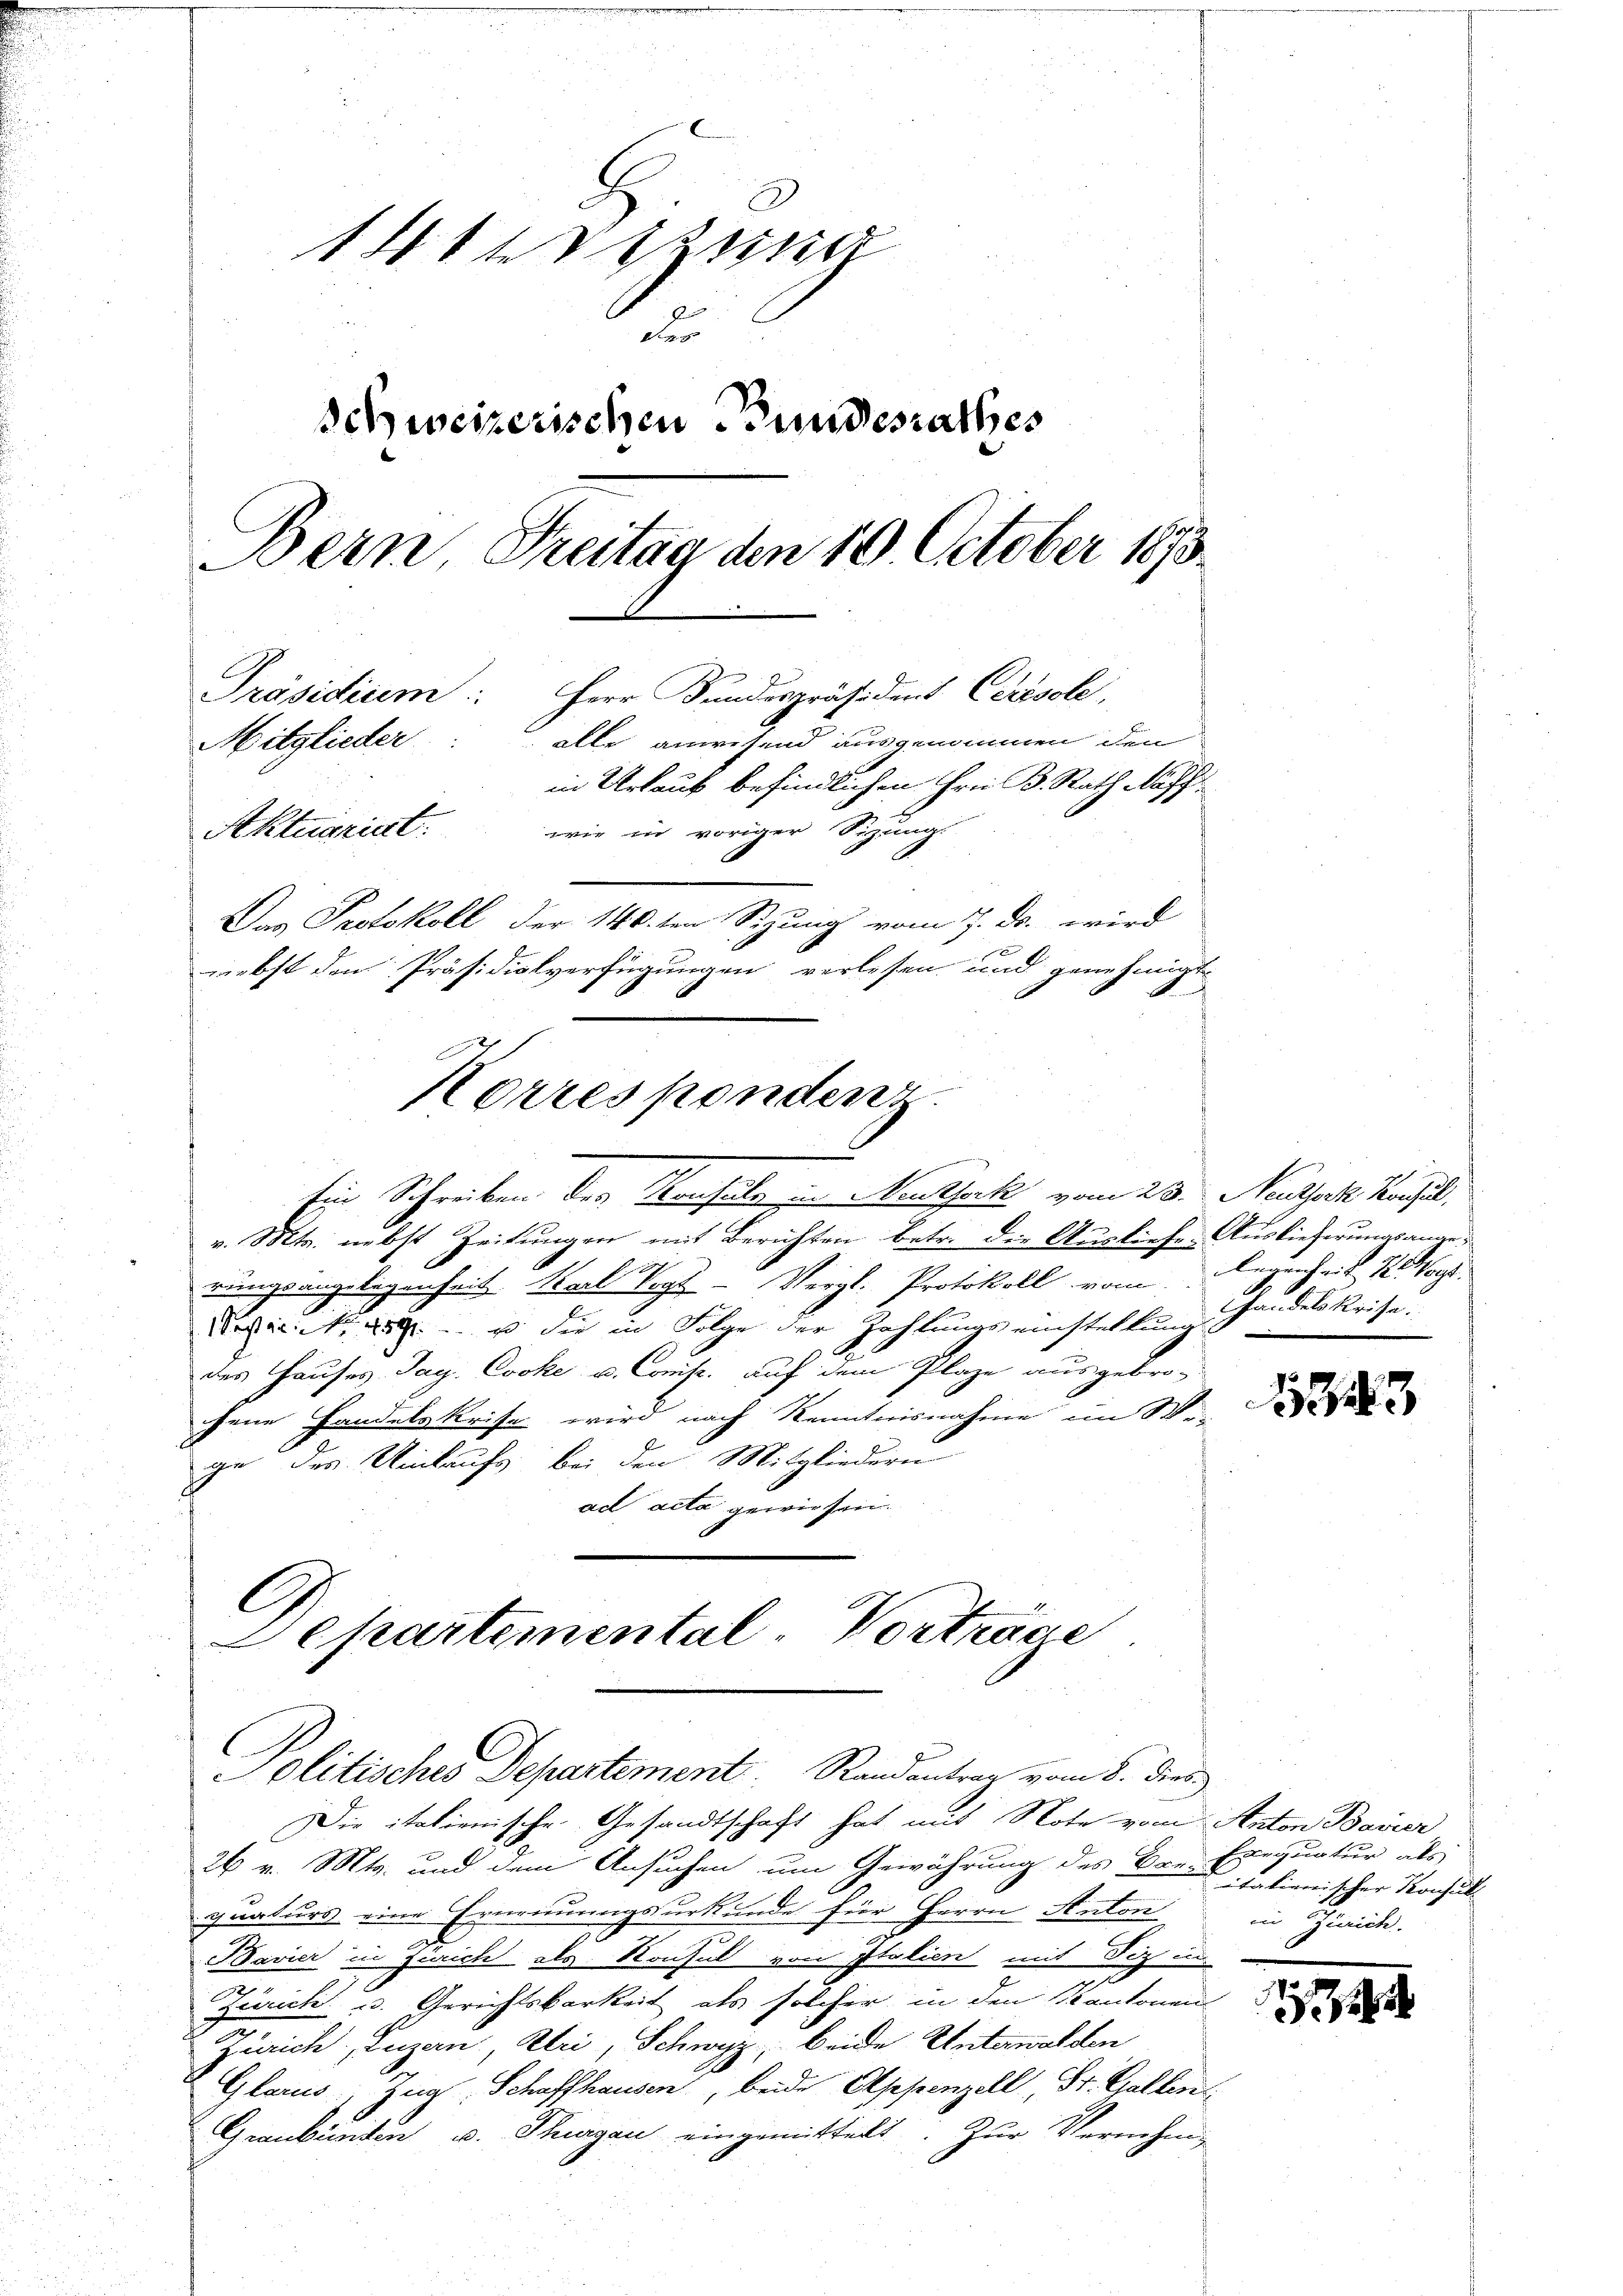
141 und
a
Schweizerischen Bundesrathes
Bern Freitag den 10 October 1873.
Präsidiiem:
Herr Bundespräsidens Crésole,
alle anwesend ausgenommen den
Mitglieder
in Urlaub befindlichen Frei B. Rath Neff
Aktuariat wie in voriger Sizung
Das Protokoll der 146. ten Sizung vom 7. ds. wird
nebst den Präsidialverfügungen verlesen und genehmigt.
s

Korrespondenz.
Ein Schreiben des Konsuls in Neuthork vom 23. Neuthork Konsul,

v. Mts. nebst Zeitungen mit Berichten betr. die Ausliefe. Auslieferungsangee
rungsangelegenheit. Karl Vogt- Vergl. Protokoll vom Gegenheit 1. Vogt.
Nei   der in Folge der Zahlungs einstellung
des Hauses Tag. Cooke u. Cons. auf dem Plaze ausgebro-
chene Handelskrise wird nach Kenntnisnahme im Wer
ge des Uinkaufs bei den Mitgliedern
ad acta gewiesen.

Sehartemental-Vortrage
Solitisches Departement Randantrag vom 8. dies

Die italienische Gesandtschaft hat mit Note vom Anton Bavier
26 v. Mts. und dem Ansuchen um Gewährung des Brei Exequatur als
quaturs eine Ernennungsurkunde für Herrn Anton
Bavier in Zürich als Konsul von Italien mit Tiz un
Zürich u. Gerichtsbarkeit als solcher in den Kantonen
Zürich, Luzan Ptri, Schwyz, beide Unterwalden
Glarus, Zug, Schaffhausen, beide Appenzell St. Gallen
Graubünden u. Thurgau eingemittelt. Zur Vernehm-

Handels Reise.

1843

itationischer Konsult
in Gerich.

1 189